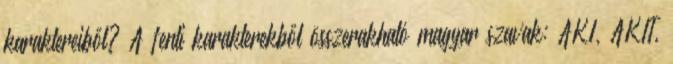
karaktereiből? A fenti karakterekből összerakható magyar szavak: AKI, AKIT,